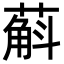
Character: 蔛